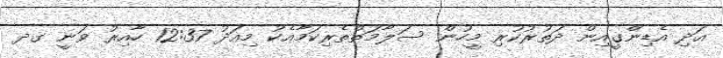
އަދި އެޑިންގީއިން ދަތުރުކުރި މީހުން ސަލާމަތްތެރިކަމާއެކު މިއަދު 12:37 ހާއިރު ވަނީ ގދ